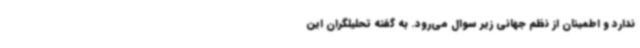
ندارد و اطمینان از نظم جهانی زیر سوال می‌رود. به گفته تحلیلگران این